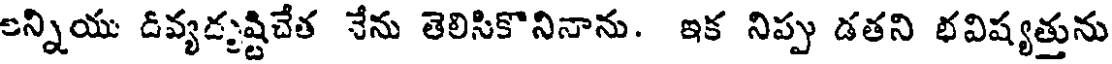
అన్నియు డివ్యదృష్టిచేత నేను తెలిసికొనినాను. ఇక నిప్పు డతని భవిష్యత్తును